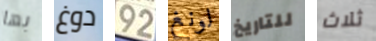
بها دوغ 92 لونغ للتاريخ ثلاث